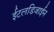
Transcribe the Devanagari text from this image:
ईटलडिजाईन